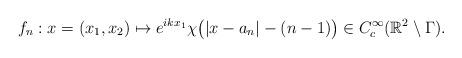
LaTeX: \begin{align*}f_n:x=(x_1,x_2)\mapsto e^{ikx_1}\chi\big(|x-a_n|-(n-1)\big)\in C_c^{\infty}(\mathbb{R}^2\setminus\Gamma).\end{align*}